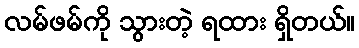
လမ်ဖမ်ကို သွားတဲ့ ရထား ရှိတယ်။